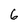
Character: 6